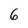
Character: 6